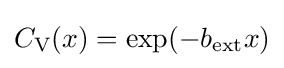
C_{\text{V}}(x)=\exp(-b_{\text{ext}}x)